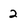
Character: 2